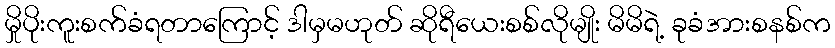
မှိုပိုးကူးစက်ခံရတာကြောင့် ဒါမှမဟုတ် ဆိုရီယေးစစ်လိုမျိုး မိမိရဲ့ ခုခံအားစနစ်က